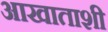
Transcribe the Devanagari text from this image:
आखाताशी